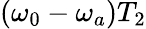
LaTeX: (\omega_{0}-\omega_{a})T_{2}